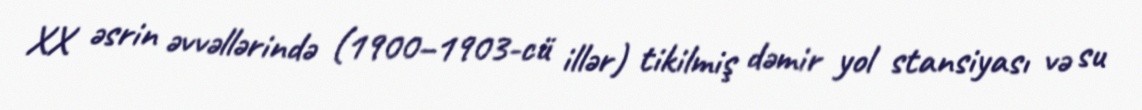
XX əsrin əvvəllərində (1900–1903-cü illər) tikilmiş dəmir yol stansiyası və su